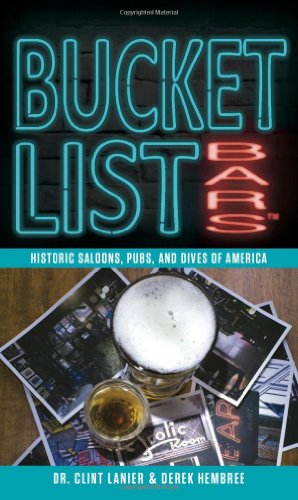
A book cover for Bucket List Bars: Historic Saloons, Pubs, and Dives of America; Clint Lanier; Travel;